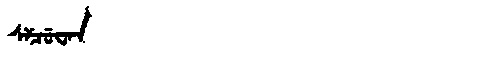
Manchu: ᠰᠶᠴᡠᠸᠠᠨ
Romanization: SYCUWAN